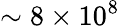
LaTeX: \sim 8\times 10^{8}